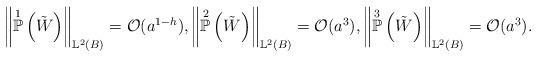
LaTeX: \begin{align*}\left\lVert \overset{1}{\mathbb{P}}\left(\tilde{W}\right)\right\rVert_{\mathbb{L}^2(B)}=\mathcal{O}(a^{1-h}),\left\lVert \overset{2}{\mathbb{P}}\left(\tilde{W}\right)\right\rVert_{\mathbb{L}^2(B)}=\mathcal{O}(a^{3}),\left\lVert\overset{3}{\mathbb{P}}\left(\tilde{W}\right)\right\rVert_{\mathbb{L}^2(B)}=\mathcal{O}(a^{3}).\end{align*}